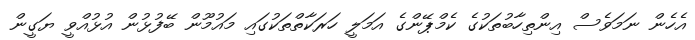
އެހެން ނަމަވެސް އިންތިހާބުތަކުގެ ކެމްޕޭންގެ އަމަލީ ހަރަކާތްތަކުގައި މައުމޫން ބޭފުޅުން އުޅުއްވީ ޔަގީން